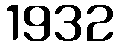
1932